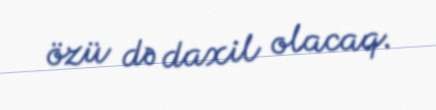
özü də daxil olacaq.